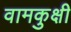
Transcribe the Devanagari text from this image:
वामकुक्षी